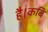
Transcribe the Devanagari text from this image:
है।कवि